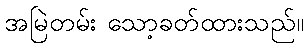
အမြဲတမ်း သော့ခတ်ထားသည်။